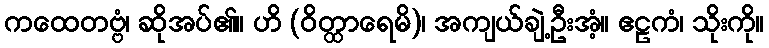
ကထေတဗ္ဗံ၊ ဆိုအပ်၏။ ဟိ (ဝိတ္ထာရေမိ)၊ အကျယ်ချဲ့ဦးအံ့။ ဧဠကံ၊ သိုးကို။